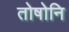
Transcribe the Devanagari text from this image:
तोषोनि